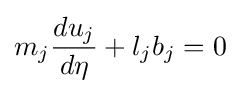
m_{j}{\frac {du_{j}}{d\eta }}+l_{j}b_{j}=0